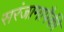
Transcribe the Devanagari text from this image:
सरंजामापैकी